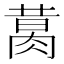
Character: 𦝙